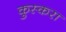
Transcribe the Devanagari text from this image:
कुस्करा